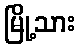
မြို့သား